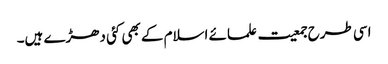
اسی طرح جمعیت علمائے اسلام کے بھی کئی دھڑے ہیں۔